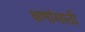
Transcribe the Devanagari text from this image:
क्षणांसाठी